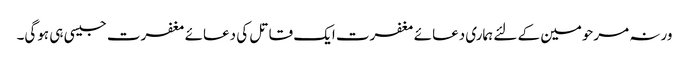
ورنہ مرحومین کے لئے ہماری دعائے مغفرت ایک قاتل کی دعائے مغفرت جیسی ہی ہوگی۔